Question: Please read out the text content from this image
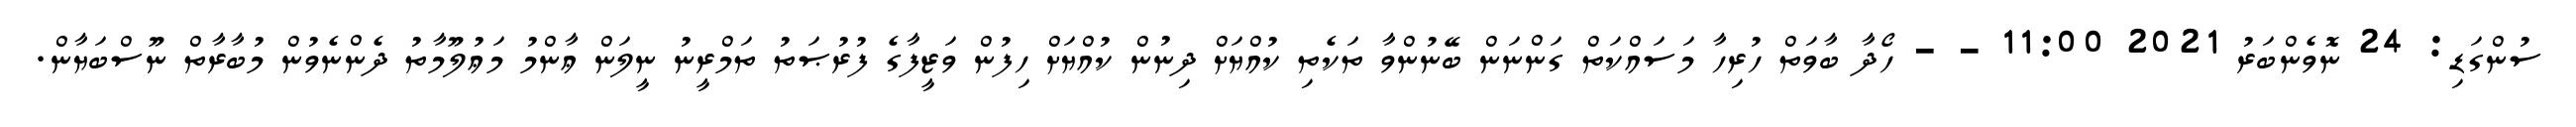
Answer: ސުންގަޑި: 24 ނޮވެންބަރު 2021 11:00 - - ހޯދާ ބާވަތް ހުރިހާ މަސައްކަތް ގަންނަން ބޭނުންވާ ތަކެތި ކުއްޔަށް ދިނުން ކުއްޔަށް ހިފުން ވަޒީފާގެ ފުރުޞަތު ތަމްރީނު ނީލަން ޢާންމު މަޢުލޫމާތު ދެންނެވުން މުބާރާތް ނޫސްބަޔާން.